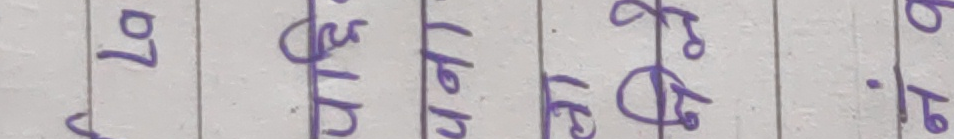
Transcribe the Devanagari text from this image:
०७
५/१५
७१
३/१६
७. १०